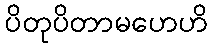
ပိတုပိတာမဟေဟိ